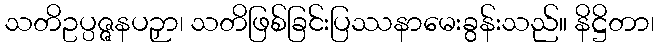
သတိဥပ္ပဇ္ဇနပဉှာ၊ သတိဖြစ်ခြင်းပြဿနာမေးခွန်းသည်။ နိဋ္ဌိတာ၊